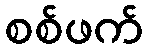
စစ်ဖက်